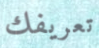
تعريفك